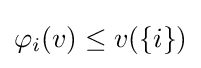
\varphi _{i}(v)\leq v(\{i\})